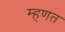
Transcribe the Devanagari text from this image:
म्‍हणत